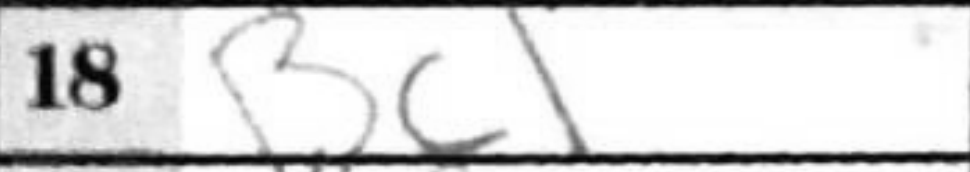
Transcription: Bc1